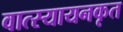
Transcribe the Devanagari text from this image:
वात्स्यायनकृत